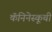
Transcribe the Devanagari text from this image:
कॅनिनेस्कूची